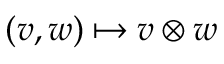
( v , w ) \mapsto v \otimes w